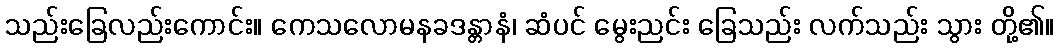
သည်းခြေလည်းကောင်း။ ကေသလောမနခဒန္တာနံ၊ ဆံပင် မွေးညင်း ခြေသည်း လက်သည်း သွား တို့၏။